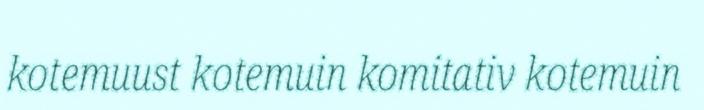
kotemuust kotemuin komitativ kotemuin